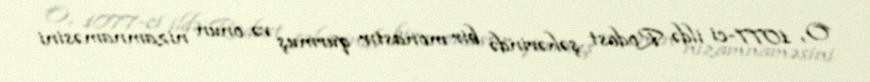
O, 1077-ci ildə Rodost şəhərində bir monastır qurmuş və onun nizamnaməsini